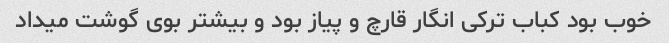
خوب بود کباب ترکی انگار قارچ و پیاز بود و بیشتر بوی گوشت میداد